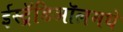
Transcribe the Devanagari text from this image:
ईस्ट्रॅडिऑलमधे